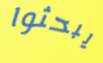
يبحثوا